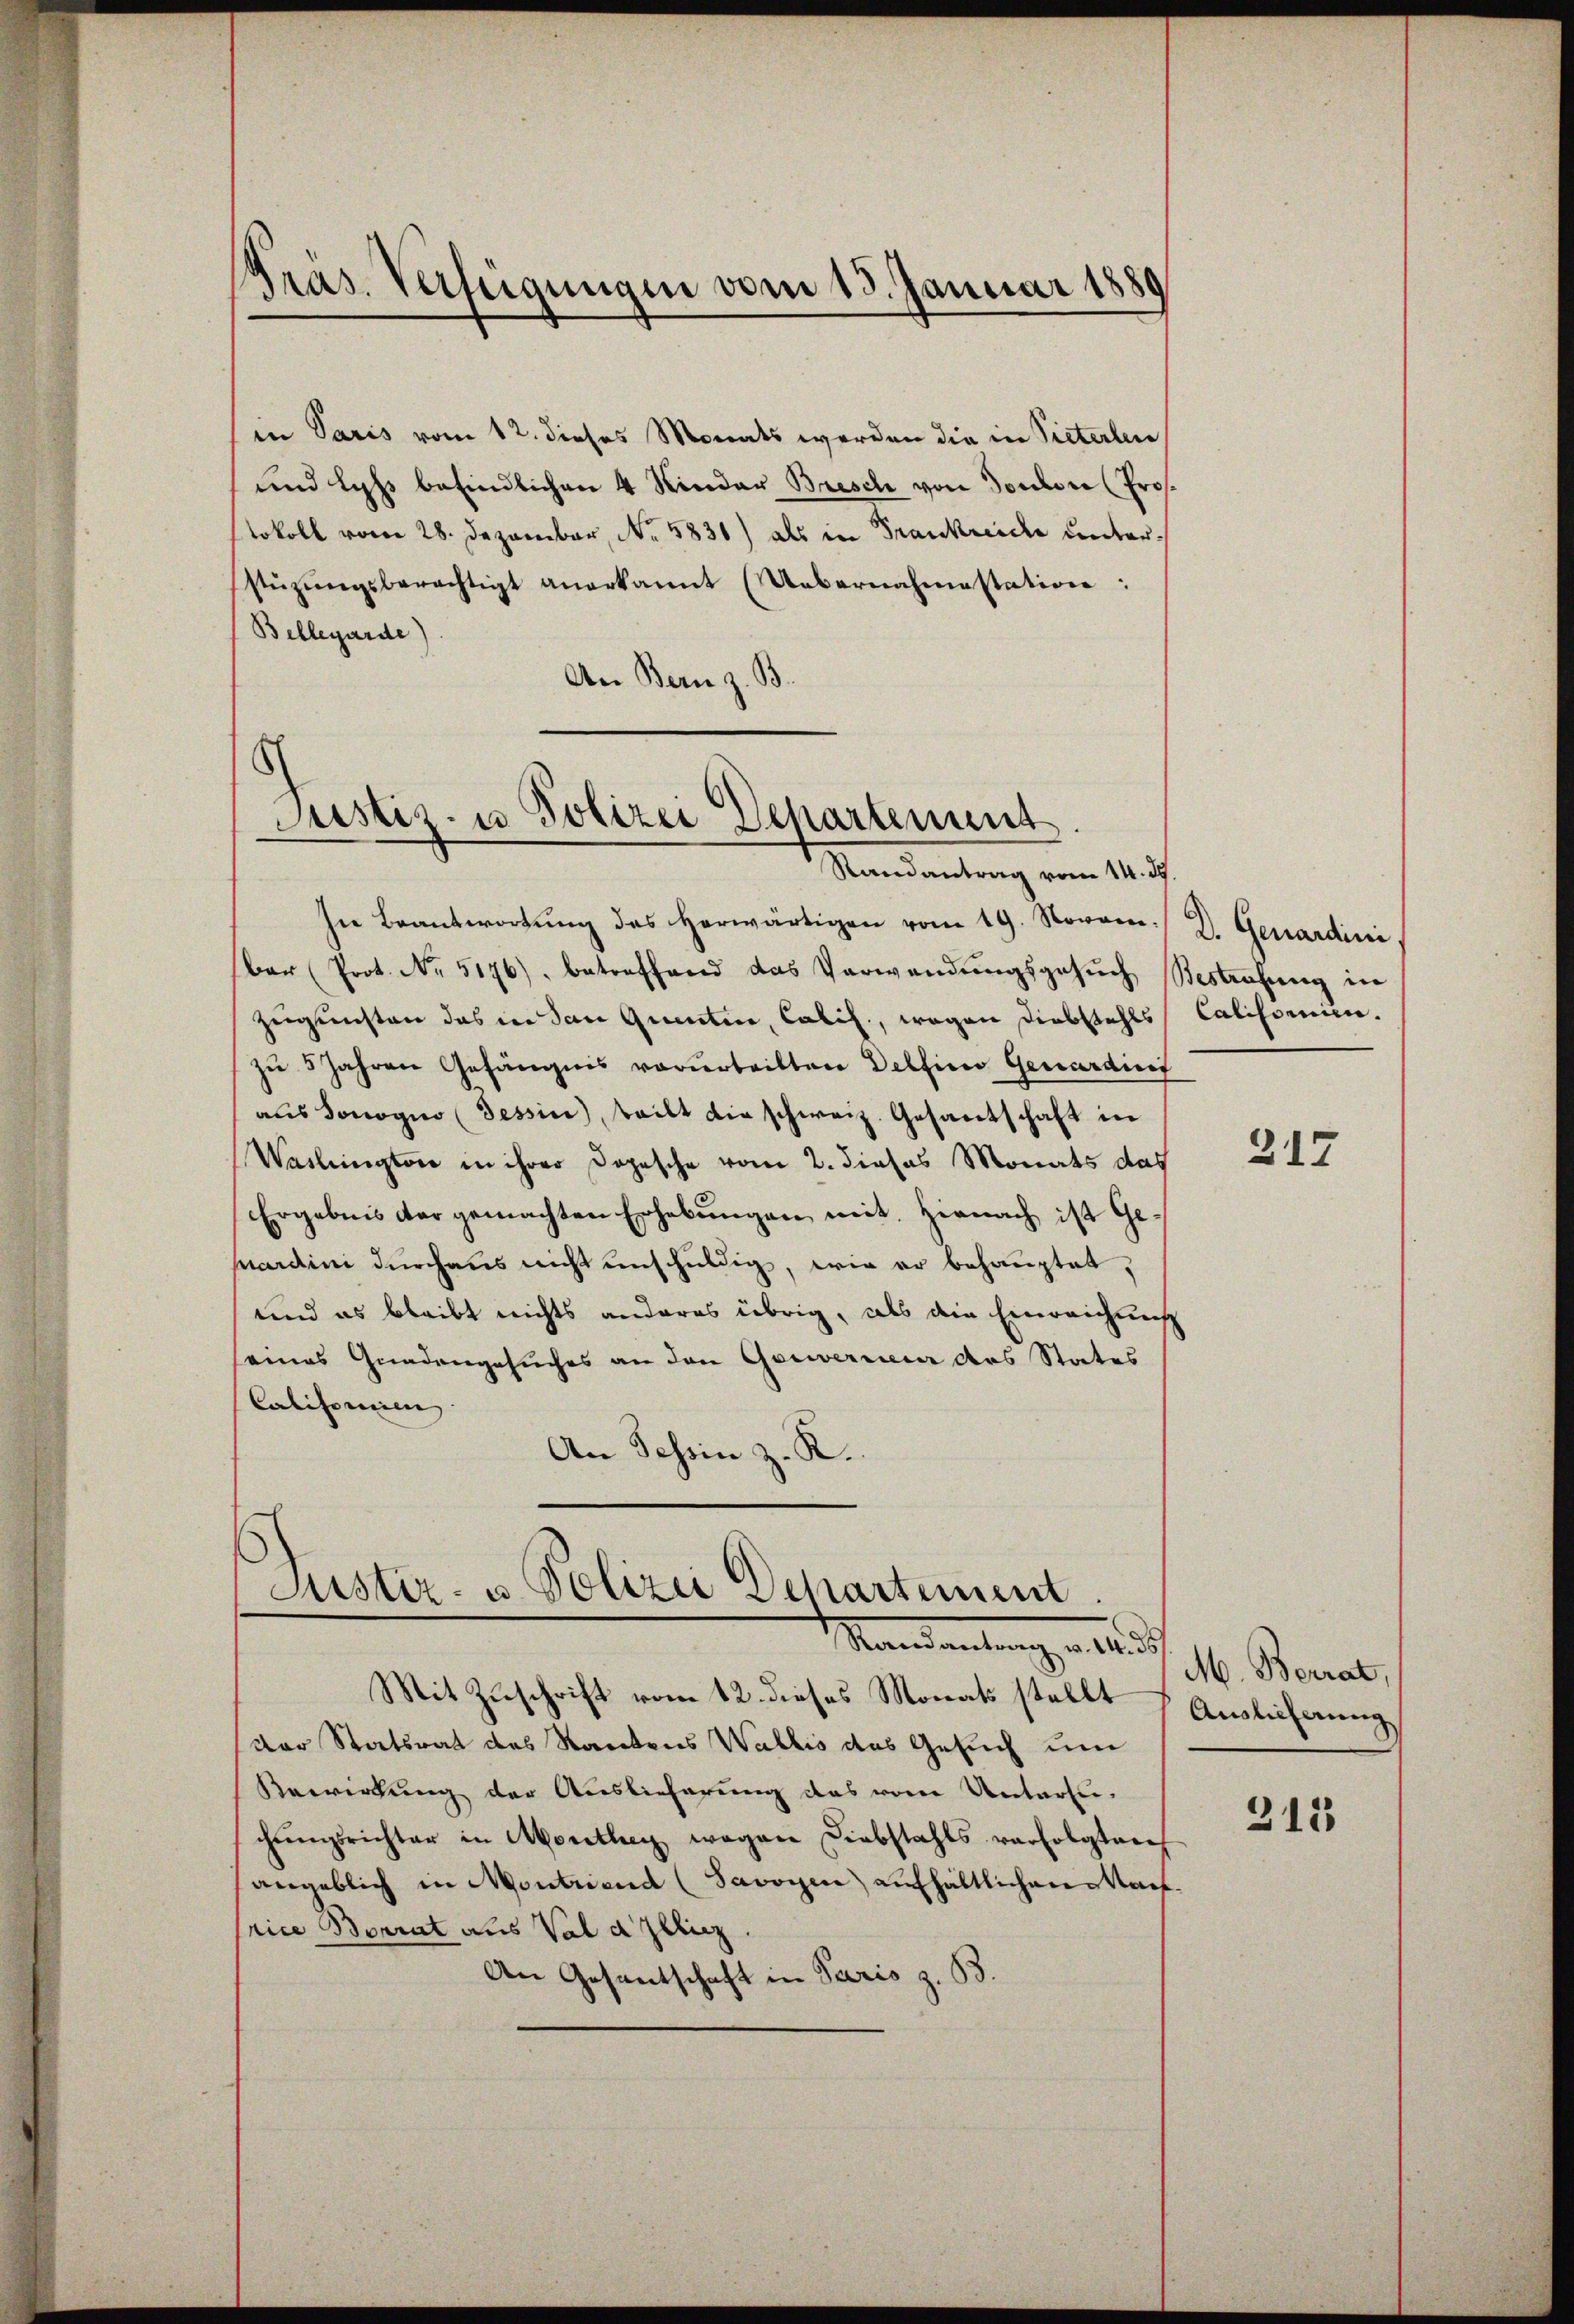
Präs. Verfeigungen vom 13. Januar 1889

in Paris vom 12. dieses Monats werden die in Pieterlen
und les befindlichen 4 Kinder Bresch von Sondere (Prof.
tokoll vom 28. Dezember, No. 5831) als in Frankreide unterstüzungsberechtigt anerkannt (Uebernahmestation:
Bellegarde)
An Bern z. B.

In Beantwortŭng des herwärtigen vom 19. Novom. D. Genardini,
bar (Prot. No. 5176) betreffend das Verwendŭngsgesŭch Bestrafung in
zeigensten das in den Quantin, Calil., wegen Diebstahls Calisorien.
zu 5 Jahren Gefängnis vorurteilten Dellino genardirt
aus Sonogno (Tessin, teilt die schweiz. Gesantschaft in
Waslington in ihrer Dopesche vom 2. dieses Monats das
Ergebnis der gemachten Erhebungen mit. Hienach ist Gepardini durchaus nicht unschuldig, wie er behauptet,
und es bleibt nichts anderes übrig, als die Einreichung
seines Gnadengesuches an den Gerwerinia das States
Califorien.
An Schin z. R.

Mit Zuschrift vom 12. dieses Monats stellt
der Statsrat des Staatens Wallis das Gesuch um
Bewirkung der Auslieferung das von Untersuchŭngsrichter in Monthey wegen Diebstahls verfolgten
vngeblich in Montricud (Savoyen aufhältlichen Mart.
rice Borrat aus Vala Illiz.
An Gesentschaft in Paris z. B.

.
Justiz- u Polizei Departement.
Randantrag vom 14. ds.

Justiz- u. Polizei Departement.
Mandantung, a. 14. d.

317

M. Berat,
Auslicherung

312